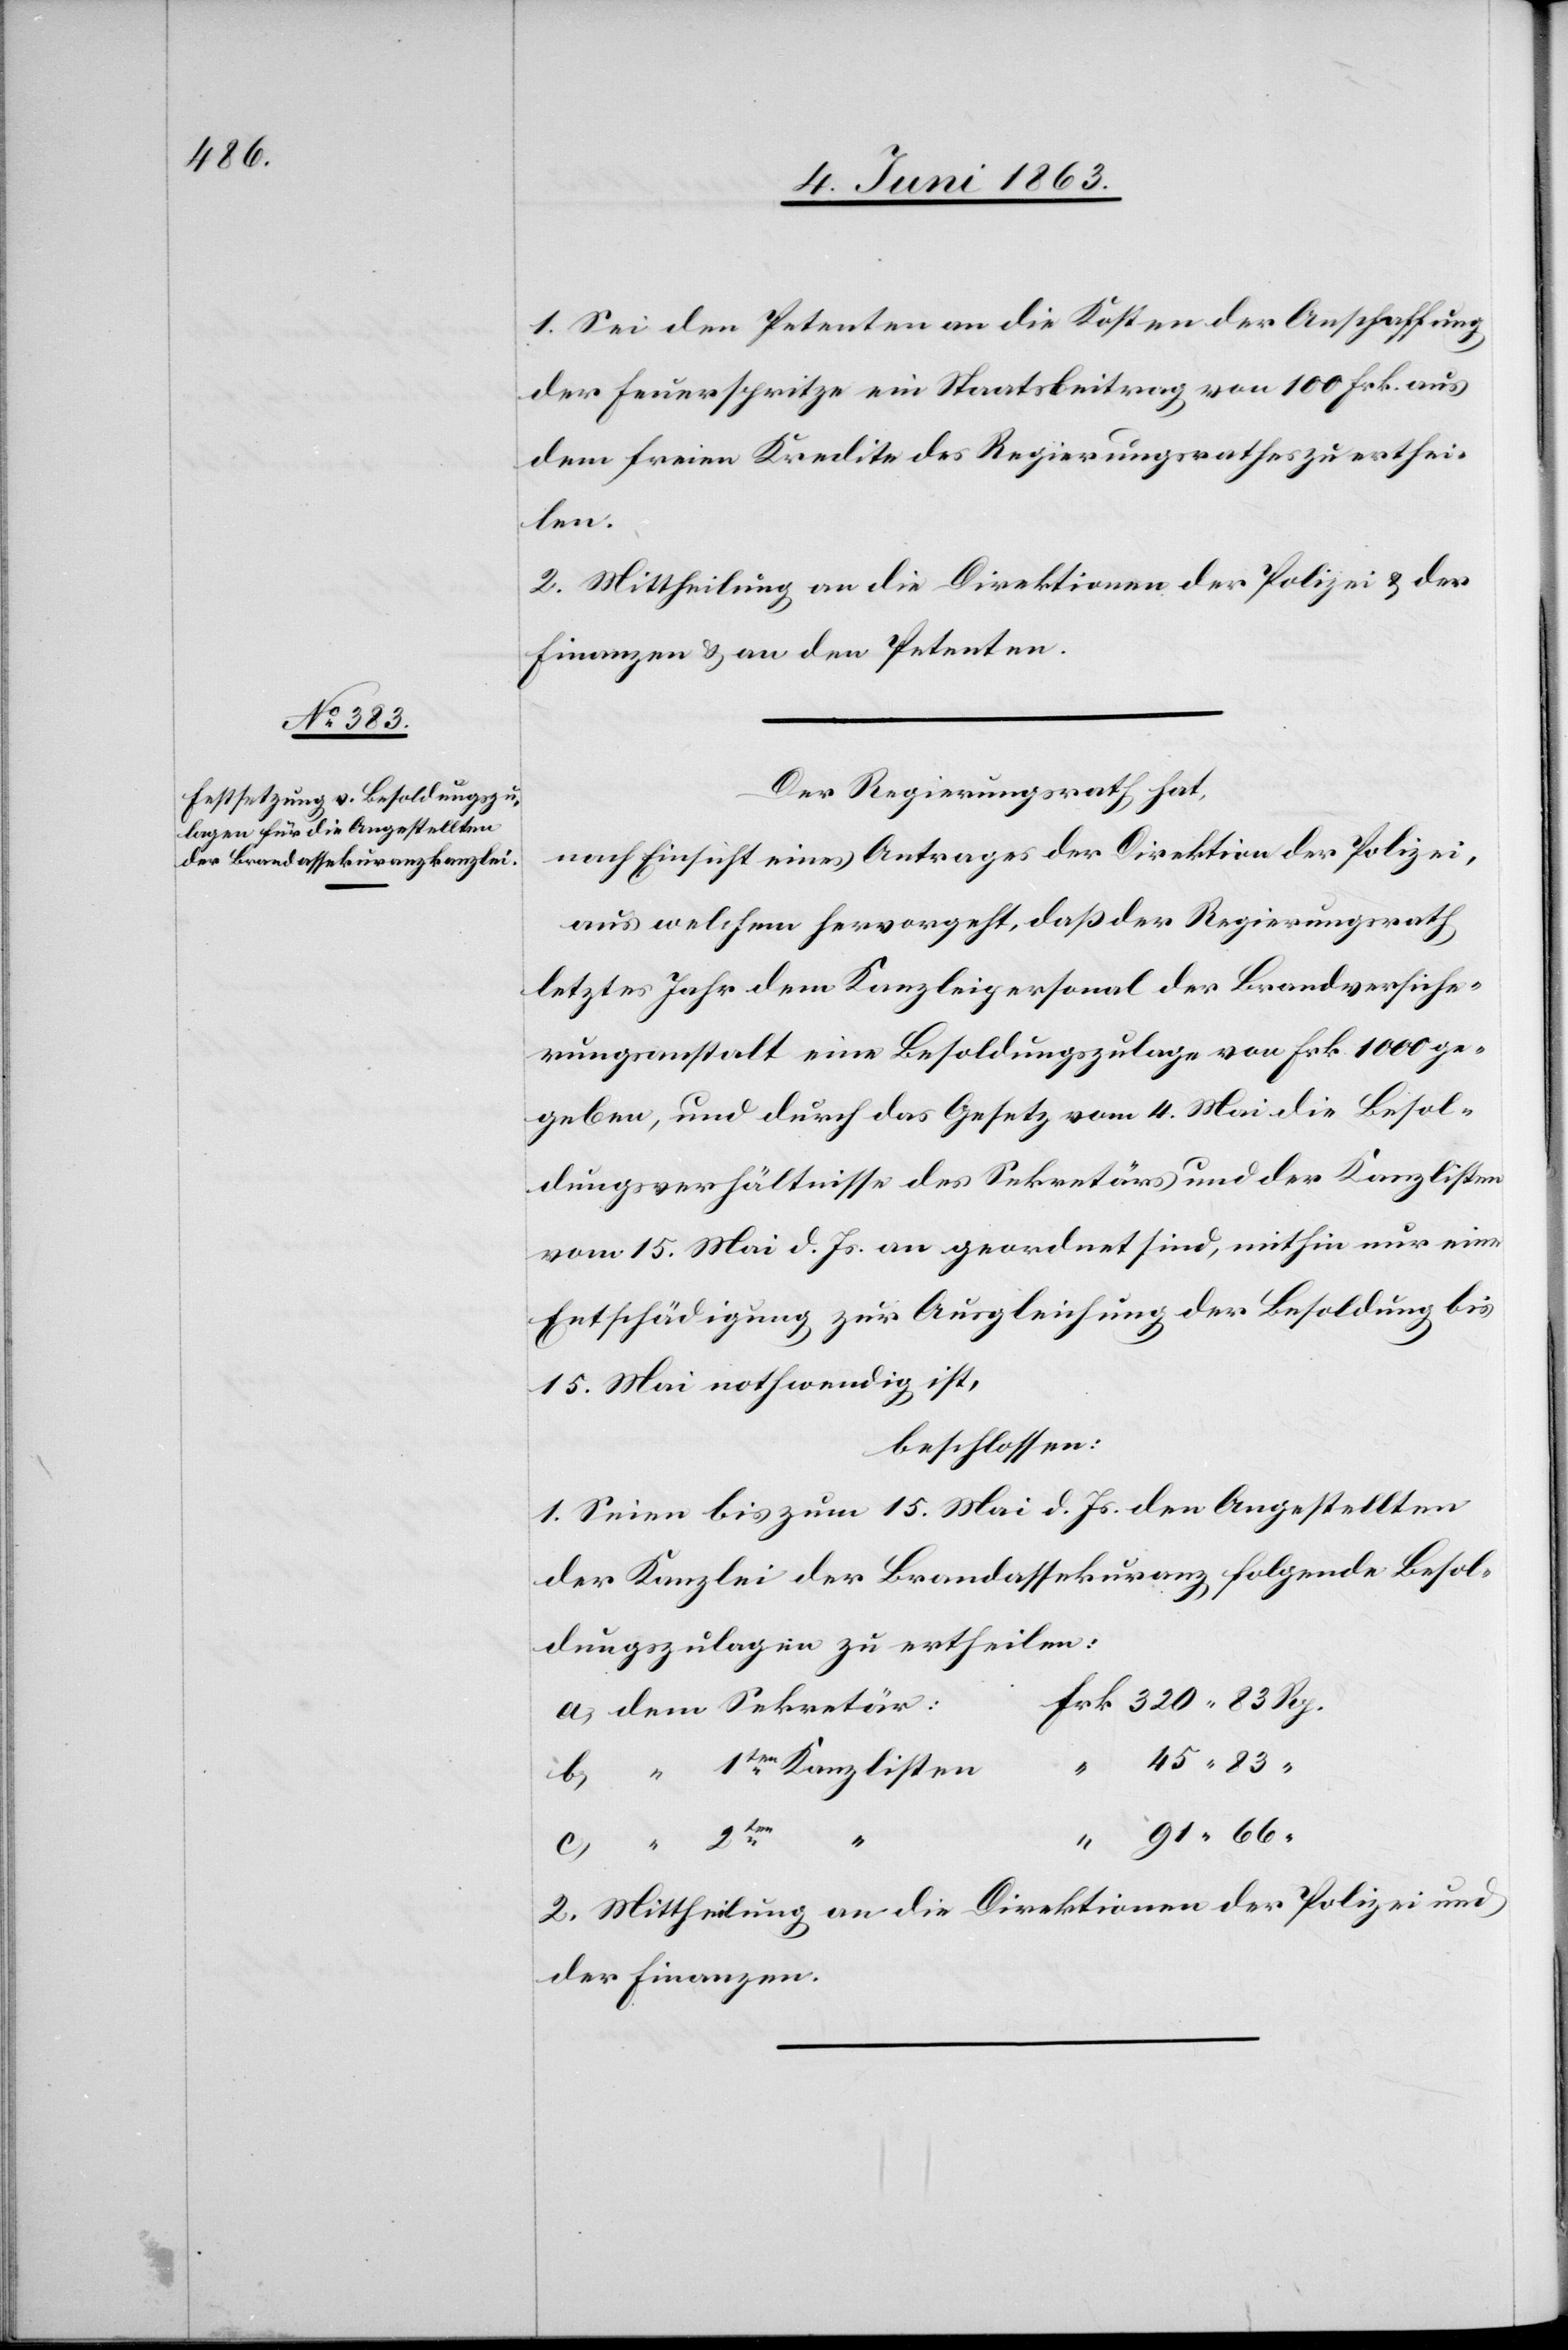
1. Sei den Petenten an die Kosten der Anschaffung
der Feuerspritze ein Staatsbeitrag von 100 Frk. aus
dem freien Kredite des Regierungsrathes zu erthei¬
len.
2. Mittheilung an die Direktionen der Polizei & der
Finanzen & an den Petenten.
Der Regierungsrath hat,
nach Einsicht eines Antrages der Direktion der Polizei,
aus welchem hervorgeht, daß der Regierungsrath
letztes Jahr dem Kanzleipersonal der Brandversiche¬
rungsanstalt eine Besoldungszulage von Frk. 1000 ge¬
geben, und durch das Gesetz vom 4. Mai die Besol¬
dungsverhältnisse des Sekretärs und der Kanzlisten
vom 15. Mai d. Js. an geordnet sind, mithin nur eine
Entschädigung zur Ausgleichung der Besoldung bis
15. Mai nothwendig ist,
beschlossen:
1. Seien bis zum 15. Mai d. Js. den Angestellten
der Kanzlei der Brandassekuranz folgende Besol¬
dungszulagen zu ertheilen.
Frk. 320. 83 Rp.
a) dem Sekretär:
91. 66
2. Mittheilung an die Direktionen der Polizei und
der Finanzen.